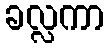
ခလ္လကာ